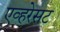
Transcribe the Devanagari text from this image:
एव्हरेसट